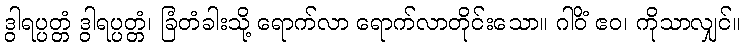
ဒွါရပ္ပတ္တံ ဒွါရပ္ပတ္တံ၊ ခြံတံခါးသို့ ရောက်လာ ရောက်လာတိုင်းသော။ ဂါဝိံ ဧဝ၊ ကိုသာလျှင်။